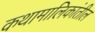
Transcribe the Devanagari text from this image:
कथामालिकांतील